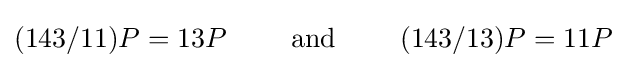
(143/11)P=13P\qquad {\text{ and }}\qquad (143/13)P=11P